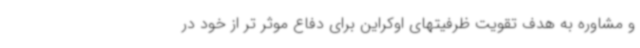
و مشاوره به هدف تقویت ظرفیتهای اوکراین برای دفاع موثر تر از خود در